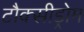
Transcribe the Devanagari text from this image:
टौक्सीड्रोम